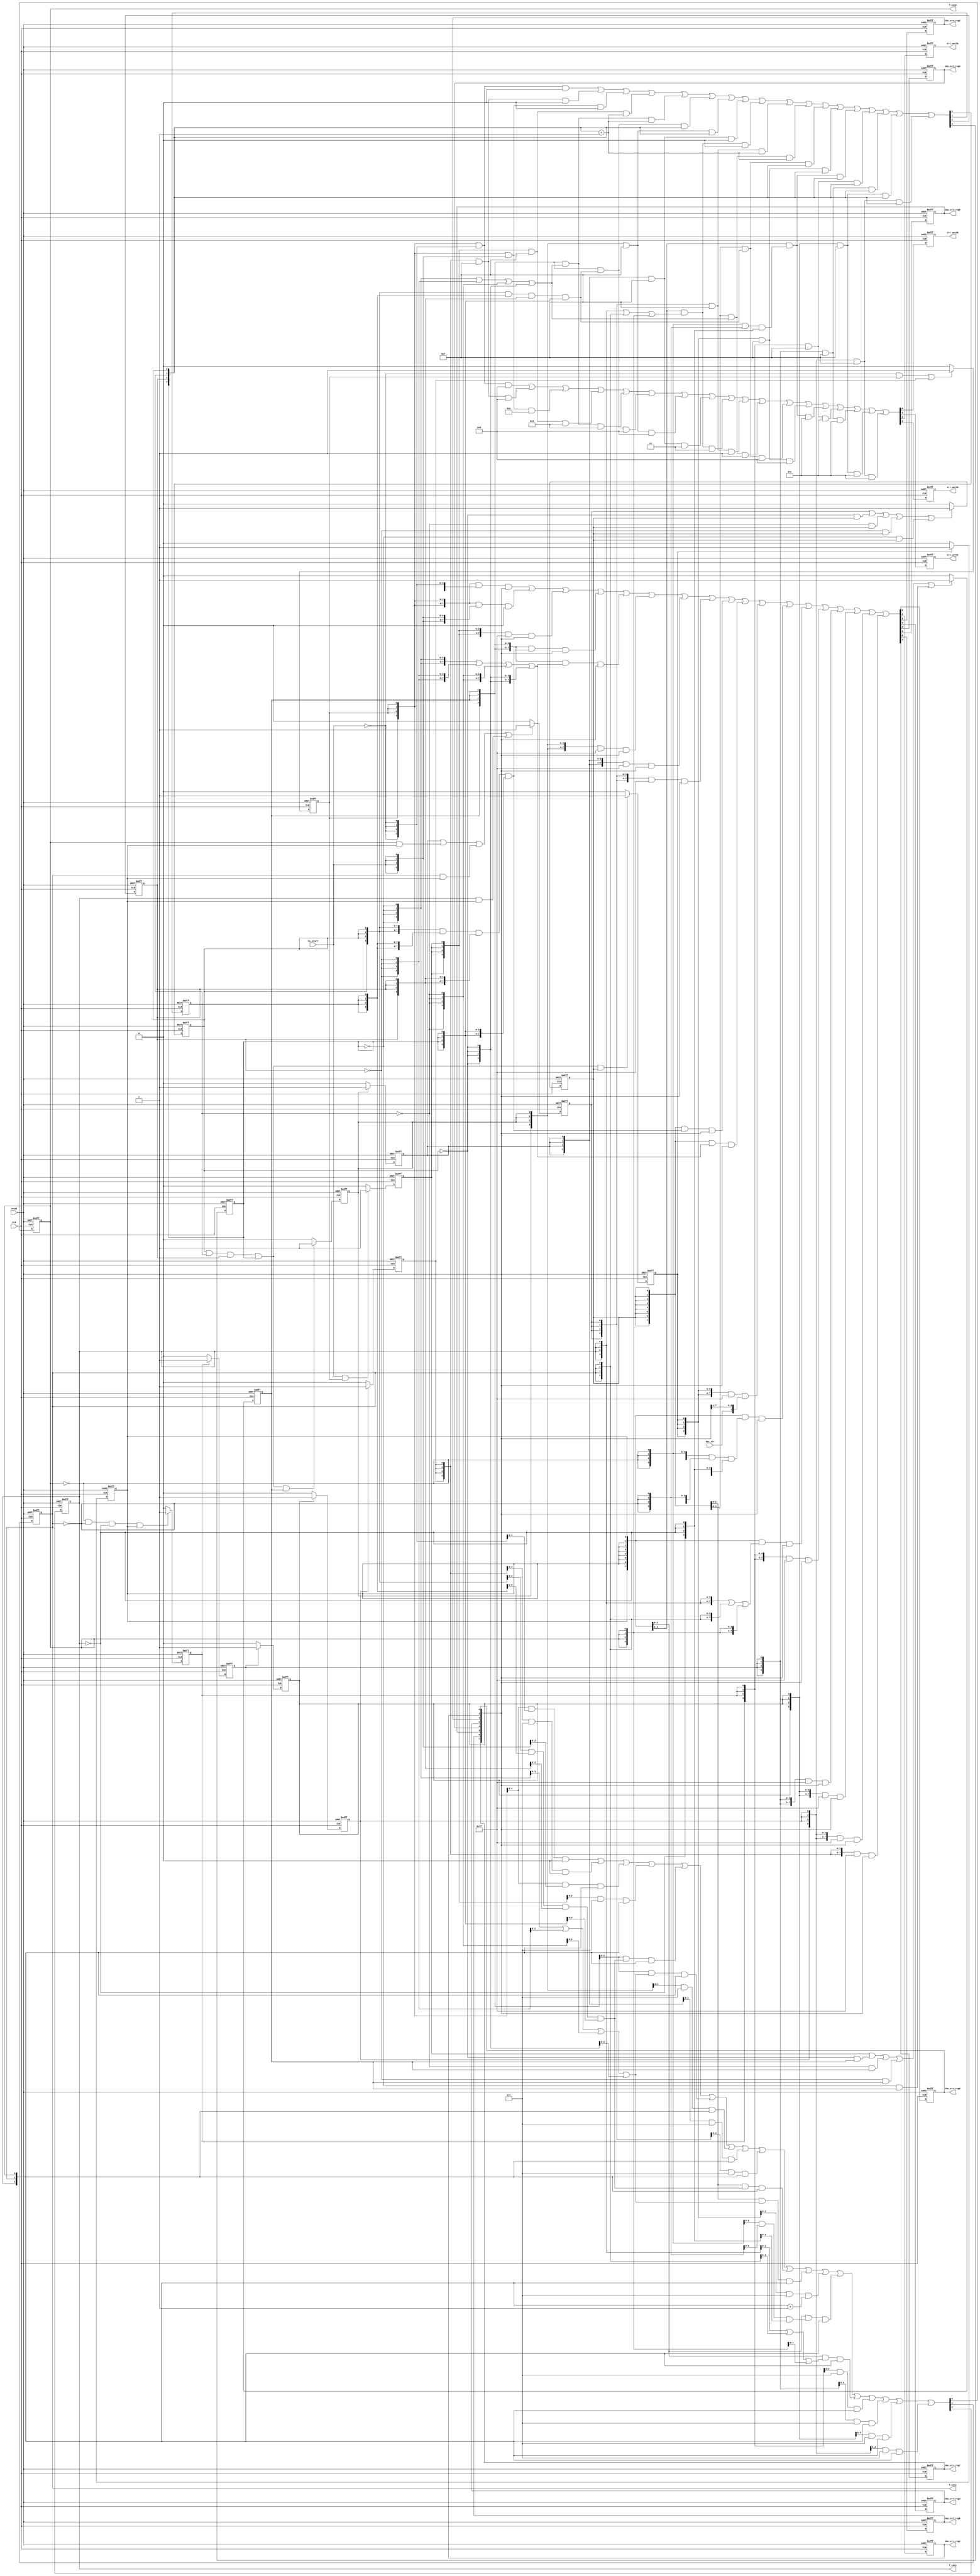
//  F:\BC4_MODULE\HV_UPDATE_MODULE\HV_UPDATE_SOURCE\HV_DAC_FSM.v
//  Verilog created by Xilinx's StateCAD 10.1
//  Mon Jan 25 15:14:30 2010

//  This Verilog code (for use with Xilinx XST) was generated using: 
//  one-hot state assignment with boolean code format.
//  Minimization is enabled,  implied else is enabled, 
//  and outputs are speed optimized.

`timescale 1s/1s

module shell_hv_dac_fsm(CLK,dac_err,hv_start,reset,ctr_word0,ctr_word1,
	ctr_word2,ctr_word3,dac_err_reg0,dac_err_reg1,dac_err_reg2,dac_err_reg3,
	dac_err_reg4,dac_err_reg5,dac_err_reg6,dac_err_reg7,f_cnt0,f_cnt1,f_cnt2);

	input CLK;
	input dac_err,hv_start,reset;
	output ctr_word0,ctr_word1,ctr_word2,ctr_word3,dac_err_reg0,dac_err_reg1,
		dac_err_reg2,dac_err_reg3,dac_err_reg4,dac_err_reg5,dac_err_reg6,dac_err_reg7
		,f_cnt0,f_cnt1,f_cnt2;

	reg [3:0] bit_cnt;
	reg [7:0] BP_dac_err_reg;
	reg [2:0] BP_f_cnt;
	reg [3:0] ctr_word;
	reg [7:0] dac_err_reg;
	reg [2:0] f_cnt;
	reg bit_cnt0,next_bit_cnt0,bit_cnt1,next_bit_cnt1,bit_cnt2,next_bit_cnt2,
		bit_cnt3,next_bit_cnt3,BP_dac_err_reg0,next_BP_dac_err_reg0,BP_dac_err_reg1,
		next_BP_dac_err_reg1,BP_dac_err_reg2,next_BP_dac_err_reg2,BP_dac_err_reg3,
		next_BP_dac_err_reg3,BP_dac_err_reg4,next_BP_dac_err_reg4,BP_dac_err_reg5,
		next_BP_dac_err_reg5,BP_dac_err_reg6,next_BP_dac_err_reg6,BP_dac_err_reg7,
		next_BP_dac_err_reg7,BP_f_cnt0,next_BP_f_cnt0,BP_f_cnt1,next_BP_f_cnt1,
		BP_f_cnt2,next_BP_f_cnt2,ctr_word0,next_ctr_word0,ctr_word1,next_ctr_word1,
		ctr_word2,next_ctr_word2,ctr_word3,next_ctr_word3;
	reg dac_err_reg0,dac_err_reg1,dac_err_reg2,dac_err_reg3,dac_err_reg4,
		dac_err_reg5,dac_err_reg6,dac_err_reg7,f_cnt0,f_cnt1,f_cnt2;
	reg idle,next_idle,st1,next_st1,st2,next_st2,st3,next_st3,st4,next_st4,st5,
		next_st5,st6,next_st6,st7,next_st7,st8,next_st8,st9,next_st9,STATE0,
		next_STATE0,STATE1,next_STATE1,STATE2,next_STATE2,STATE3,next_STATE3;

	always @(posedge CLK or negedge reset)
	begin
		if ( ~reset ) begin
			idle = 1;
			st1 = 0;
			st2 = 0;
			st3 = 0;
			st4 = 0;
			st5 = 0;
			st6 = 0;
			st7 = 0;
			st8 = 0;
			st9 = 0;
			STATE0 = 0;
			STATE1 = 0;
			STATE2 = 0;
			STATE3 = 0;
			BP_dac_err_reg7 = 0;
			BP_dac_err_reg6 = 0;
			BP_dac_err_reg5 = 0;
			BP_dac_err_reg4 = 0;
			BP_dac_err_reg3 = 0;
			BP_dac_err_reg2 = 0;
			BP_dac_err_reg1 = 0;
			BP_dac_err_reg0 = 0;
			bit_cnt3 = 0;
			bit_cnt2 = 0;
			bit_cnt1 = 0;
			bit_cnt0 = 0;
			BP_f_cnt2 = 0;
			BP_f_cnt1 = 0;
			BP_f_cnt0 = 0;
			ctr_word3 = 1;
			ctr_word2 = 1;
			ctr_word1 = 0;
			ctr_word0 = 1;
		end else
		begin
			idle = next_idle;
			st1 = next_st1;
			st2 = next_st2;
			st3 = next_st3;
			st4 = next_st4;
			st5 = next_st5;
			st6 = next_st6;
			st7 = next_st7;
			st8 = next_st8;
			st9 = next_st9;
			STATE0 = next_STATE0;
			STATE1 = next_STATE1;
			STATE2 = next_STATE2;
			STATE3 = next_STATE3;
			bit_cnt3 = next_bit_cnt3;
			bit_cnt2 = next_bit_cnt2;
			bit_cnt1 = next_bit_cnt1;
			bit_cnt0 = next_bit_cnt0;
			BP_dac_err_reg7 = next_BP_dac_err_reg7;
			BP_dac_err_reg6 = next_BP_dac_err_reg6;
			BP_dac_err_reg5 = next_BP_dac_err_reg5;
			BP_dac_err_reg4 = next_BP_dac_err_reg4;
			BP_dac_err_reg3 = next_BP_dac_err_reg3;
			BP_dac_err_reg2 = next_BP_dac_err_reg2;
			BP_dac_err_reg1 = next_BP_dac_err_reg1;
			BP_dac_err_reg0 = next_BP_dac_err_reg0;
			BP_f_cnt2 = next_BP_f_cnt2;
			BP_f_cnt1 = next_BP_f_cnt1;
			BP_f_cnt0 = next_BP_f_cnt0;
			ctr_word3 = next_ctr_word3;
			ctr_word2 = next_ctr_word2;
			ctr_word1 = next_ctr_word1;
			ctr_word0 = next_ctr_word0;
		end
	end

	always @ (bit_cnt0 or bit_cnt1 or bit_cnt2 or bit_cnt3 or BP_dac_err_reg0 or
		 BP_dac_err_reg1 or BP_dac_err_reg2 or BP_dac_err_reg3 or BP_dac_err_reg4 or 
		BP_dac_err_reg5 or BP_dac_err_reg6 or BP_dac_err_reg7 or BP_f_cnt0 or 
		BP_f_cnt1 or BP_f_cnt2 or dac_err or hv_start or idle or st1 or st2 or st3 or
		 st4 or st5 or st6 or st7 or st8 or st9 or STATE0 or STATE1 or STATE2 or 
		STATE3 or bit_cnt or BP_dac_err_reg or BP_f_cnt or ctr_word)
	begin

		if ( ~hv_start & idle | STATE3 ) next_idle=1;
		else next_idle=0;

		if ( hv_start & idle ) next_st1=1;
		else next_st1=0;

		if ( st1 | ~bit_cnt0 & st2 | ~bit_cnt1 & st2 | ~bit_cnt2 & st2 | ~bit_cnt3 
			& st2 ) next_st2=1;
		else next_st2=0;

		if ( bit_cnt0 & bit_cnt1 & bit_cnt2 & bit_cnt3 & st2 ) next_st3=1;
		else next_st3=0;

		if ( st3 ) next_st4=1;
		else next_st4=0;

		if ( st4 | BP_f_cnt0 & st8 | BP_f_cnt1 & st8 | BP_f_cnt2 & st8 ) 
			next_st5=1;
		else next_st5=0;

		if ( st5 | ~bit_cnt0 & st6 | ~bit_cnt1 & st6 | ~bit_cnt2 & st6 | ~bit_cnt3 
			& st6 ) next_st6=1;
		else next_st6=0;

		if ( bit_cnt0 & bit_cnt1 & bit_cnt2 & bit_cnt3 & st6 ) next_st7=1;
		else next_st7=0;

		if ( st7 ) next_st8=1;
		else next_st8=0;

		if ( ~BP_f_cnt0 & ~BP_f_cnt1 & ~BP_f_cnt2 & st8 ) next_st9=1;
		else next_st9=0;

		if ( st9 ) next_STATE0=1;
		else next_STATE0=0;

		if ( STATE0 ) next_STATE1=1;
		else next_STATE1=0;

		if ( STATE1 ) next_STATE2=1;
		else next_STATE2=0;

		if ( STATE2 ) next_STATE3=1;
		else next_STATE3=0;


		bit_cnt= ( {4{idle}}  & ( {4{~hv_start}}  ) & ( 'h0 ) ) | ( {4{STATE3}}  & 
			( 4'hf ) & ( 'h0 ) ) | ( {4{idle}}  & ( {4{hv_start}}  ) & ( 'h0 ) ) | ( {4{
			st1}}  & ( 4'hf ) & ( {bit_cnt3,bit_cnt2,bit_cnt1,bit_cnt0}  + 'h1 ) ) | ( 
			{4{st2}}  & ( {4{~bit_cnt3}} | {4{~bit_cnt2}} | {4{~bit_cnt1}} | {4{~bit_cnt0
			}}  ) & ( {bit_cnt3,bit_cnt2,bit_cnt1,bit_cnt0}  + 'h1 ) ) | ( {4{st2}}  & ( 
			{4{bit_cnt0}} & {4{bit_cnt1}} & {4{bit_cnt2}} & {4{bit_cnt3}}  ) & ( {
			bit_cnt3,bit_cnt2,bit_cnt1,bit_cnt0}  ) ) | ( {4{st3}}  & ( 4'hf ) & ( {
			bit_cnt3,bit_cnt2,bit_cnt1,bit_cnt0}  ) ) | ( {4{st4}}  & ( 4'hf ) & ( 'h0 ) 
			) | ( {4{st8}}  & ( {4{BP_f_cnt2}} | {4{BP_f_cnt1}} | {4{BP_f_cnt0}}  ) & ( 
			'h0 ) ) | ( {4{st5}}  & ( 4'hf ) & ( {bit_cnt3,bit_cnt2,bit_cnt1,bit_cnt0}  +
			 'h1 ) ) | ( {4{st6}}  & ( {4{~bit_cnt3}} | {4{~bit_cnt2}} | {4{~bit_cnt1}} |
			 {4{~bit_cnt0}}  ) & ( {bit_cnt3,bit_cnt2,bit_cnt1,bit_cnt0}  + 'h1 ) ) | ( 
			{4{st6}}  & ( {4{bit_cnt0}} & {4{bit_cnt1}} & {4{bit_cnt2}} & {4{bit_cnt3}}  
			) & ( {bit_cnt3,bit_cnt2,bit_cnt1,bit_cnt0}  ) ) | ( {4{st7}}  & ( 4'hf ) & (
			 {bit_cnt3,bit_cnt2,bit_cnt1,bit_cnt0}  ) ) | ( {4{st8}}  & ( {4{~BP_f_cnt0}}
			 & {4{~BP_f_cnt1}} & {4{~BP_f_cnt2}}  ) & ( {bit_cnt3,bit_cnt2,bit_cnt1,
			bit_cnt0}  ) ) | ( {4{st9}}  & ( 4'hf ) & ( {bit_cnt3,bit_cnt2,bit_cnt1,
			bit_cnt0}  ) ) | ( {4{STATE0}}  & ( 4'hf ) & ( {bit_cnt3,bit_cnt2,bit_cnt1,
			bit_cnt0}  ) ) | ( {4{STATE1}}  & ( 4'hf ) & ( {bit_cnt3,bit_cnt2,bit_cnt1,
			bit_cnt0}  ) ) | ( {4{STATE2}}  & ( 4'hf ) & ( {bit_cnt3,bit_cnt2,bit_cnt1,
			bit_cnt0}  ) );

		BP_dac_err_reg= ( {8{idle}}  & ( {8{~hv_start}}  ) & ( {BP_dac_err_reg7,
			BP_dac_err_reg6,BP_dac_err_reg5,BP_dac_err_reg4,BP_dac_err_reg3,
			BP_dac_err_reg2,BP_dac_err_reg1,BP_dac_err_reg0}  ) ) | ( {8{idle}}  & ( {8{
			hv_start}}  ) & ( 'h0 ) ) | ( {8{st1}}  & ( 8'hff ) & ( {BP_dac_err_reg7,
			BP_dac_err_reg6,BP_dac_err_reg5,BP_dac_err_reg4,BP_dac_err_reg3,
			BP_dac_err_reg2,BP_dac_err_reg1,BP_dac_err_reg0}  ) ) | ( {8{st2}}  & ( {8{
			bit_cnt0}} & {8{bit_cnt1}} & {8{bit_cnt2}} & {8{bit_cnt3}}  ) & ( {
			BP_dac_err_reg7,BP_dac_err_reg6,BP_dac_err_reg5,BP_dac_err_reg4,
			BP_dac_err_reg3,BP_dac_err_reg2,BP_dac_err_reg1,BP_dac_err_reg0}  ) ) | ( {8{
			st2}}  & ( {8{~bit_cnt3}} | {8{~bit_cnt2}} | {8{~bit_cnt1}} | {8{~bit_cnt0}} 
			 ) & ( {BP_dac_err_reg7,BP_dac_err_reg6,BP_dac_err_reg5,BP_dac_err_reg4,
			BP_dac_err_reg3,BP_dac_err_reg2,BP_dac_err_reg1,BP_dac_err_reg0}  ) ) | ( {8{
			st3}}  & ( 8'hff ) & ( {BP_dac_err_reg7,BP_dac_err_reg6,BP_dac_err_reg5,
			BP_dac_err_reg4,BP_dac_err_reg3,BP_dac_err_reg2,BP_dac_err_reg1,
			BP_dac_err_reg0}  ) ) | ( {8{st4}}  & ( 8'hff ) & ( {BP_dac_err_reg7,
			BP_dac_err_reg6,BP_dac_err_reg5,BP_dac_err_reg4,BP_dac_err_reg3,
			BP_dac_err_reg2,BP_dac_err_reg1,BP_dac_err_reg0}  ) ) | ( {8{st5}}  & ( 8'hff
			 ) & ( {BP_dac_err_reg7,BP_dac_err_reg6,BP_dac_err_reg5,BP_dac_err_reg4,
			BP_dac_err_reg3,BP_dac_err_reg2,BP_dac_err_reg1,BP_dac_err_reg0}  ) ) | ( {8{
			st6}}  & ( {8{bit_cnt0}} & {8{bit_cnt1}} & {8{bit_cnt2}} & {8{bit_cnt3}}  ) &
			 ( {BP_dac_err_reg7,BP_dac_err_reg6,BP_dac_err_reg5,BP_dac_err_reg4,
			BP_dac_err_reg3,BP_dac_err_reg2,BP_dac_err_reg1,BP_dac_err_reg0}  ) ) | ( {8{
			st6}}  & ( {8{~bit_cnt3}} | {8{~bit_cnt2}} | {8{~bit_cnt1}} | {8{~bit_cnt0}} 
			 ) & ( {BP_dac_err_reg7,BP_dac_err_reg6,BP_dac_err_reg5,BP_dac_err_reg4,
			BP_dac_err_reg3,BP_dac_err_reg2,BP_dac_err_reg1,BP_dac_err_reg0}  ) ) | ( {8{
			st7}}  & ( 8'hff ) & ( {dac_err,BP_dac_err_reg7,BP_dac_err_reg6,
			BP_dac_err_reg5,BP_dac_err_reg4,BP_dac_err_reg3,BP_dac_err_reg2,
			BP_dac_err_reg1}  ) ) | ( {8{st8}}  & ( {8{~BP_f_cnt0}} & {8{~BP_f_cnt1}} & 
			{8{~BP_f_cnt2}}  ) & ( {BP_dac_err_reg7,BP_dac_err_reg6,BP_dac_err_reg5,
			BP_dac_err_reg4,BP_dac_err_reg3,BP_dac_err_reg2,BP_dac_err_reg1,
			BP_dac_err_reg0}  ) ) | ( {8{st8}}  & ( {8{BP_f_cnt2}} | {8{BP_f_cnt1}} | {8{
			BP_f_cnt0}}  ) & ( {BP_dac_err_reg7,BP_dac_err_reg6,BP_dac_err_reg5,
			BP_dac_err_reg4,BP_dac_err_reg3,BP_dac_err_reg2,BP_dac_err_reg1,
			BP_dac_err_reg0}  ) ) | ( {8{st9}}  & ( 8'hff ) & ( {BP_dac_err_reg7,
			BP_dac_err_reg6,BP_dac_err_reg5,BP_dac_err_reg4,BP_dac_err_reg3,
			BP_dac_err_reg2,BP_dac_err_reg1,BP_dac_err_reg0}  ) ) | ( {8{STATE0}}  & ( 
			8'hff ) & ( {BP_dac_err_reg7,BP_dac_err_reg6,BP_dac_err_reg5,BP_dac_err_reg4,
			BP_dac_err_reg3,BP_dac_err_reg2,BP_dac_err_reg1,BP_dac_err_reg0}  ) ) | ( {8{
			STATE1}}  & ( 8'hff ) & ( {BP_dac_err_reg7,BP_dac_err_reg6,BP_dac_err_reg5,
			BP_dac_err_reg4,BP_dac_err_reg3,BP_dac_err_reg2,BP_dac_err_reg1,
			BP_dac_err_reg0}  ) ) | ( {8{STATE2}}  & ( 8'hff ) & ( {BP_dac_err_reg7,
			BP_dac_err_reg6,BP_dac_err_reg5,BP_dac_err_reg4,BP_dac_err_reg3,
			BP_dac_err_reg2,BP_dac_err_reg1,BP_dac_err_reg0}  ) ) | ( {8{STATE3}}  & ( 
			8'hff ) & ( {BP_dac_err_reg7,BP_dac_err_reg6,BP_dac_err_reg5,BP_dac_err_reg4,
			BP_dac_err_reg3,BP_dac_err_reg2,BP_dac_err_reg1,BP_dac_err_reg0}  ) );

		BP_f_cnt= ( {3{idle}}  & ( {3{~hv_start}}  ) & ( 'h0 ) ) | ( {3{STATE3}}  &
			 ( 3'h7 ) & ( 'h0 ) ) | ( {3{idle}}  & ( {3{hv_start}}  ) & ( {BP_f_cnt2,
			BP_f_cnt1,BP_f_cnt0}  ) ) | ( {3{st1}}  & ( 3'h7 ) & ( {BP_f_cnt2,BP_f_cnt1,
			BP_f_cnt0}  ) ) | ( {3{st2}}  & ( {3{bit_cnt0}} & {3{bit_cnt1}} & {3{bit_cnt2
			}} & {3{bit_cnt3}}  ) & ( {BP_f_cnt2,BP_f_cnt1,BP_f_cnt0}  ) ) | ( {3{st2}}  
			& ( {3{~bit_cnt3}} | {3{~bit_cnt2}} | {3{~bit_cnt1}} | {3{~bit_cnt0}}  ) & ( 
			{BP_f_cnt2,BP_f_cnt1,BP_f_cnt0}  ) ) | ( {3{st3}}  & ( 3'h7 ) & ( {BP_f_cnt2,
			BP_f_cnt1,BP_f_cnt0}  ) ) | ( {3{st4}}  & ( 3'h7 ) & ( {BP_f_cnt2,BP_f_cnt1,
			BP_f_cnt0}  ) ) | ( {3{st5}}  & ( 3'h7 ) & ( {BP_f_cnt2,BP_f_cnt1,BP_f_cnt0} 
			 ) ) | ( {3{st6}}  & ( {3{bit_cnt0}} & {3{bit_cnt1}} & {3{bit_cnt2}} & {3{
			bit_cnt3}}  ) & ( {BP_f_cnt2,BP_f_cnt1,BP_f_cnt0}  ) ) | ( {3{st6}}  & ( {3{~
			bit_cnt3}} | {3{~bit_cnt2}} | {3{~bit_cnt1}} | {3{~bit_cnt0}}  ) & ( {
			BP_f_cnt2,BP_f_cnt1,BP_f_cnt0}  ) ) | ( {3{st7}}  & ( 3'h7 ) & ( {BP_f_cnt2,
			BP_f_cnt1,BP_f_cnt0}  + 'h1 ) ) | ( {3{st8}}  & ( {3{~BP_f_cnt0}} & {3{~
			BP_f_cnt1}} & {3{~BP_f_cnt2}}  ) & ( {BP_f_cnt2,BP_f_cnt1,BP_f_cnt0}  ) ) | (
			 {3{st8}}  & ( {3{BP_f_cnt2}} | {3{BP_f_cnt1}} | {3{BP_f_cnt0}}  ) & ( {
			BP_f_cnt2,BP_f_cnt1,BP_f_cnt0}  ) ) | ( {3{st9}}  & ( 3'h7 ) & ( {BP_f_cnt2,
			BP_f_cnt1,BP_f_cnt0}  ) ) | ( {3{STATE0}}  & ( 3'h7 ) & ( {BP_f_cnt2,
			BP_f_cnt1,BP_f_cnt0}  ) ) | ( {3{STATE1}}  & ( 3'h7 ) & ( {BP_f_cnt2,
			BP_f_cnt1,BP_f_cnt0}  ) ) | ( {3{STATE2}}  & ( 3'h7 ) & ( {BP_f_cnt2,
			BP_f_cnt1,BP_f_cnt0}  ) );

		ctr_word= ( {4{idle}}  & ( {4{~hv_start}}  ) & ( 'hd ) ) | ( {4{STATE3}}  &
			 ( 4'hf ) & ( 'hd ) ) | ( {4{idle}}  & ( {4{hv_start}}  ) & ( 'hb ) ) | ( {4{
			st1}}  & ( 4'hf ) & ( 'h9 ) ) | ( {4{st2}}  & ( {4{~bit_cnt3}} | {4{~bit_cnt2
			}} | {4{~bit_cnt1}} | {4{~bit_cnt0}}  ) & ( 'h9 ) ) | ( {4{st2}}  & ( {4{
			bit_cnt0}} & {4{bit_cnt1}} & {4{bit_cnt2}} & {4{bit_cnt3}}  ) & ( 'hd ) ) | (
			 {4{st3}}  & ( 4'hf ) & ( 'hd ) ) | ( {4{st4}}  & ( 4'hf ) & ( 'h3 ) ) | ( 
			{4{st8}}  & ( {4{BP_f_cnt2}} | {4{BP_f_cnt1}} | {4{BP_f_cnt0}}  ) & ( 'h3 ) )
			 | ( {4{st5}}  & ( 4'hf ) & ( 'h1 ) ) | ( {4{st6}}  & ( {4{~bit_cnt3}} | {4{~
			bit_cnt2}} | {4{~bit_cnt1}} | {4{~bit_cnt0}}  ) & ( 'h1 ) ) | ( {4{st6}}  & (
			 {4{bit_cnt0}} & {4{bit_cnt1}} & {4{bit_cnt2}} & {4{bit_cnt3}}  ) & ( 'hd ) )
			 | ( {4{st7}}  & ( 4'hf ) & ( 'hd ) ) | ( {4{st8}}  & ( {4{~BP_f_cnt0}} & {4{
			~BP_f_cnt1}} & {4{~BP_f_cnt2}}  ) & ( 'hc ) ) | ( {4{st9}}  & ( 4'hf ) & ( 
			'hc ) ) | ( {4{STATE0}}  & ( 4'hf ) & ( 'hc ) ) | ( {4{STATE1}}  & ( 4'hf ) &
			 ( 'hc ) ) | ( {4{STATE2}}  & ( 4'hf ) & ( 'hc ) );

		next_bit_cnt3 = bit_cnt[3];
		next_bit_cnt2 = bit_cnt[2];
		next_bit_cnt1 = bit_cnt[1];
		next_bit_cnt0 = bit_cnt[0];
		next_BP_dac_err_reg7 = BP_dac_err_reg[7];
		next_BP_dac_err_reg6 = BP_dac_err_reg[6];
		next_BP_dac_err_reg5 = BP_dac_err_reg[5];
		next_BP_dac_err_reg4 = BP_dac_err_reg[4];
		next_BP_dac_err_reg3 = BP_dac_err_reg[3];
		next_BP_dac_err_reg2 = BP_dac_err_reg[2];
		next_BP_dac_err_reg1 = BP_dac_err_reg[1];
		next_BP_dac_err_reg0 = BP_dac_err_reg[0];
		next_BP_f_cnt2 = BP_f_cnt[2];
		next_BP_f_cnt1 = BP_f_cnt[1];
		next_BP_f_cnt0 = BP_f_cnt[0];
		next_ctr_word3 = ctr_word[3];
		next_ctr_word2 = ctr_word[2];
		next_ctr_word1 = ctr_word[1];
		next_ctr_word0 = ctr_word[0];
	end

	always @(BP_dac_err_reg0 or BP_dac_err_reg1 or BP_dac_err_reg2 or 
		BP_dac_err_reg3 or BP_dac_err_reg4 or BP_dac_err_reg5 or BP_dac_err_reg6 or 
		BP_dac_err_reg7 or dac_err_reg)
	begin
		dac_err_reg= {BP_dac_err_reg7,BP_dac_err_reg6,BP_dac_err_reg5,
			BP_dac_err_reg4,BP_dac_err_reg3,BP_dac_err_reg2,BP_dac_err_reg1,
			BP_dac_err_reg0} ;
		dac_err_reg0 = dac_err_reg[0];
		dac_err_reg1 = dac_err_reg[1];
		dac_err_reg2 = dac_err_reg[2];
		dac_err_reg3 = dac_err_reg[3];
		dac_err_reg4 = dac_err_reg[4];
		dac_err_reg5 = dac_err_reg[5];
		dac_err_reg6 = dac_err_reg[6];
		dac_err_reg7 = dac_err_reg[7];
	end

	always @(BP_f_cnt0 or BP_f_cnt1 or BP_f_cnt2 or f_cnt)
	begin
		f_cnt= {BP_f_cnt2,BP_f_cnt1,BP_f_cnt0} ;
		f_cnt0 = f_cnt[0];
		f_cnt1 = f_cnt[1];
		f_cnt2 = f_cnt[2];
	end
endmodule

module hv_dac_fsm(ctr_word,dac_err_reg,f_cnt,CLK,dac_err,hv_start,reset);

	output [3:0] ctr_word;
	output [7:0] dac_err_reg;
	output [2:0] f_cnt;
	input CLK;
	input dac_err,hv_start,reset;

	wire [3:0] ctr_word;
	wire [7:0] dac_err_reg;
	wire [2:0] f_cnt;
	wire CLK;
	wire dac_err,hv_start,reset;

	shell_hv_dac_fsm part1(.CLK(CLK),.dac_err(dac_err),.hv_start(hv_start),
		.reset(reset),.ctr_word0(ctr_word[0]),.ctr_word1(ctr_word[1]),.ctr_word2(
		ctr_word[2]),.ctr_word3(ctr_word[3]),.dac_err_reg0(dac_err_reg[0]),
		.dac_err_reg1(dac_err_reg[1]),.dac_err_reg2(dac_err_reg[2]),.dac_err_reg3(
		dac_err_reg[3]),.dac_err_reg4(dac_err_reg[4]),.dac_err_reg5(dac_err_reg[5]),
		.dac_err_reg6(dac_err_reg[6]),.dac_err_reg7(dac_err_reg[7]),.f_cnt0(f_cnt[0])
		,.f_cnt1(f_cnt[1]),.f_cnt2(f_cnt[2]));


endmodule